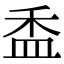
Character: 盉